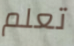
تعلم